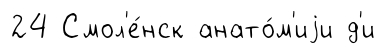
24 Смол'е́нск анато́м'иjи д'и